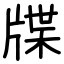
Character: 牒